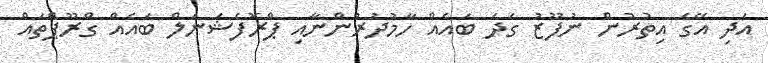
އަދި އޭގެ އިތުރުން ނުފޫޒު ގަދަ ބައެއް ހާމުދުރުންނާއި ޕްރޮފެޝަނަލް ބައެއް ގްރޫޕްތައް